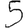
Digit: 5